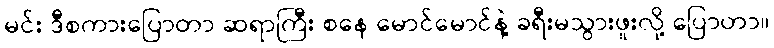
မင်း ဒီစကားပြောတာ ဆရာကြီး စနေ မောင်မောင်နဲ့ ခရီးမသွားဖူးလို့ ပြောတာ။